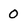
Character: O